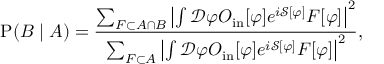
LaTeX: \operatorname { P } ( B \mid A ) = { \frac { \sum _ { F \subset A \cap B } \left| \int { \mathcal { D } } \varphi O _ { \mathrm { i n } } [ \varphi ] e ^ { i { \mathcal { S } } [ \varphi ] } F [ \varphi ] \right| ^ { 2 } } { \sum _ { F \subset A } \left| \int { \mathcal { D } } \varphi O _ { \mathrm { i n } } [ \varphi ] e ^ { i { \mathcal { S } } [ \varphi ] } F [ \varphi ] \right| ^ { 2 } } } ,